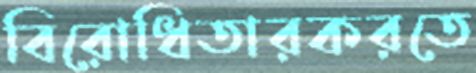
বিরোধিতারকরতে